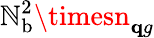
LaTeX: \mathbb{N}_{\mathrm{{b}}}^{2}\timesn_{\mathbf{q}g}